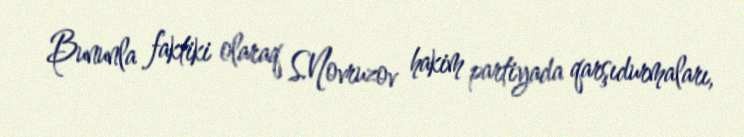
Bununla faktiki olaraq S.Novruzov hakim partiyada qarşıdurmaları,